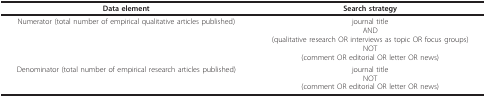
<table><thead><tr><td><b>Data element</b></td><td><b>Search strategy</b></td></tr></thead><tbody><tr><td>Numerator (total number of empirical qualitative articles published)</td><td>journal titleAND(qualitative research OR interviews as topic OR focus groups)NOT(comment OR editorial OR letter OR news)</td></tr><tr><td>Denominator (total number of empirical research articles published)</td><td>journal titleNOT(comment OR editorial OR letter OR news)</td></tr></tbody></table>